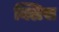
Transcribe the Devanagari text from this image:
क्लिस